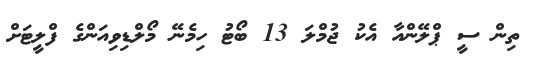
ތިން ސީ ޕްލޭންއާ އެކު ޖުމްލަ 13 ބޯޓު ހިމެނޭ މޯލްޑިވިއަންގެ ފްލީޓަށް